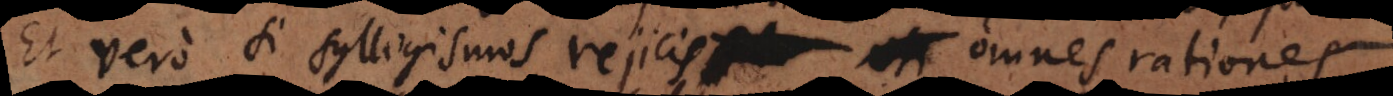
Et vero si syllogismos rejicis, omnes rationes